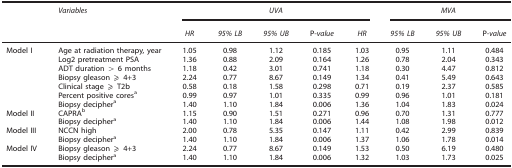
<table><thead><tr><td><b> </b></td><td><b><i>Variables</i></b></td><td colspan="5"><b><i>UVA</i></b></td><td colspan="3"><b><i>MVA</i></b></td></tr><tr><td><b> </b></td><td><b> </b></td><td><b><i>HR</i></b></td><td><b><i>95% LB</i></b></td><td><b><i>95% UB</i></b></td><td><b>P<i>-value</i></b></td><td><b><i>HR</i></b></td><td><b><i>95% LB</i></b></td><td><b><i>95% UB</i></b></td><td><b>P<i>-value</i></b></td></tr></thead><tbody><tr><td>Model I</td><td>Age at radiation therapy, year</td><td>1.05</td><td>0.98</td><td>1.12</td><td>0.185</td><td>1.03</td><td>0.95</td><td>1.11</td><td>0.484</td></tr><tr><td> </td><td>Log2 pretreatment PSA</td><td>1.36</td><td>0.88</td><td>2.09</td><td>0.164</td><td>1.26</td><td>0.78</td><td>2.04</td><td>0.343</td></tr><tr><td> </td><td>ADT duration &gt; 6 months</td><td>1.18</td><td>0.42</td><td>3.01</td><td>0.741</td><td>1.18</td><td>0.30</td><td>4.47</td><td>0.812</td></tr><tr><td> </td><td>Biopsy gleason ⩾ 4+3</td><td>2.24</td><td>0.77</td><td>8.67</td><td>0.149</td><td>1.34</td><td>0.41</td><td>5.49</td><td>0.643</td></tr><tr><td> </td><td>Clinical stage ⩾ T2b</td><td>0.58</td><td>0.18</td><td>1.58</td><td>0.298</td><td>0.71</td><td>0.19</td><td>2.37</td><td>0.585</td></tr><tr><td> </td><td>Percent positive coresa</td><td>0.99</td><td>0.97</td><td>1.01</td><td>0.335</td><td>0.99</td><td>0.96</td><td>1.01</td><td>0.181</td></tr><tr><td> </td><td>Biopsy deciphera</td><td>1.40</td><td>1.10</td><td>1.84</td><td>0.006</td><td>1.36</td><td>1.04</td><td>1.83</td><td>0.024</td></tr><tr><td>Model II</td><td>CAPRAb</td><td>1.15</td><td>0.90</td><td>1.51</td><td>0.271</td><td>0.96</td><td>0.70</td><td>1.31</td><td>0.777</td></tr><tr><td> </td><td>Biopsy deciphera</td><td>1.40</td><td>1.10</td><td>1.84</td><td>0.006</td><td>1.44</td><td>1.08</td><td>1.98</td><td>0.012</td></tr><tr><td>Model III</td><td>NCCN high</td><td>2.00</td><td>0.78</td><td>5.35</td><td>0.147</td><td>1.11</td><td>0.42</td><td>2.99</td><td>0.839</td></tr><tr><td> </td><td>Biopsy deciphera</td><td>1.40</td><td>1.10</td><td>1.84</td><td>0.006</td><td>1.37</td><td>1.06</td><td>1.78</td><td>0.014</td></tr><tr><td>Model IV</td><td>Biopsy gleason ⩾ 4+3</td><td>2.24</td><td>0.77</td><td>8.67</td><td>0.149</td><td>1.53</td><td>0.50</td><td>6.19</td><td>0.480</td></tr><tr><td> </td><td>Biopsy deciphera</td><td>1.40</td><td>1.10</td><td>1.84</td><td>0.006</td><td>1.32</td><td>1.03</td><td>1.73</td><td>0.025</td></tr></tbody></table>